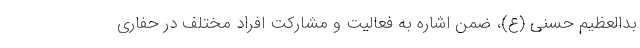
بدالعظیم حسنی (ع)، ضمن اشاره به فعالیت و مشارکت افراد مختلف در حفاری